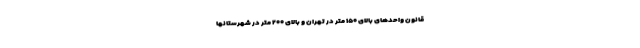
قانون واحدهای بالای ۱۵۰ متر در تهران و بالای ۲۰۰ متر در شهرستانها